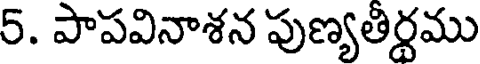
5. పాపవినాశన పుణ్యతీర్థము